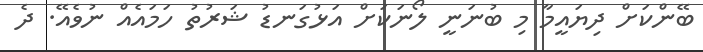
ބޭންކަށް ދިޔައީމާ މި ބުނަނީ ލޯނަކަށް އަޅުގަނޑު ޝަރުތު ހަމައެއް ނުވެއޭ. ދެ